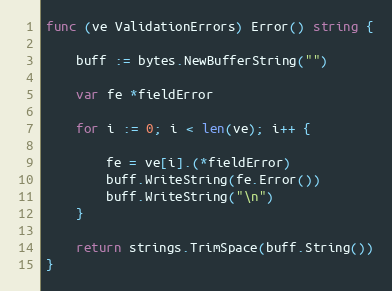
Language: Go
func (ve ValidationErrors) Error() string {

	buff := bytes.NewBufferString("")

	var fe *fieldError

	for i := 0; i < len(ve); i++ {

		fe = ve[i].(*fieldError)
		buff.WriteString(fe.Error())
		buff.WriteString("\n")
	}

	return strings.TrimSpace(buff.String())
}